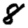
Digit: 8